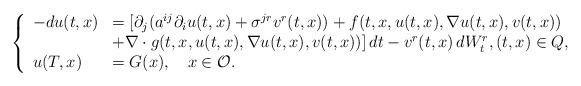
LaTeX: \begin{align*}\left\{\begin{array}{ll}-du(t,x)&=[\partial _j(a^{ij}\partial _iu(t,x)+\sigma ^{jr}v^r(t,x))+f(t,x,u(t,x),\nabla u(t,x),v(t,x))\\&+\nabla \cdot g(t,x,u(t,x),\nabla u(t,x),v(t,x))]\,dt-v^r(t,x)\,dW^r_t,(t,x)\in Q,\\u(T,x)&=G(x),~~~x\in \mathcal{O}.\end{array}\right.\end{align*}